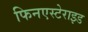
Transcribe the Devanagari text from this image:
फिनएस्टेराइड